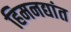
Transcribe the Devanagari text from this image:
हिमनद्यांत